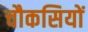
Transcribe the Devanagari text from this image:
चौकसियों